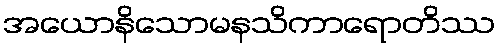
အယောနိသောမနသိကာရောတိဿ